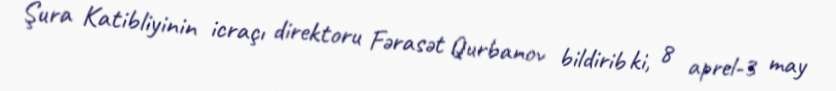
Şura Katibliyinin icraçı direktoru Fərasət Qurbanov bildirib ki, 8 aprel-3 may